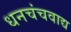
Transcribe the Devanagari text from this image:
धनचंचवाद्य